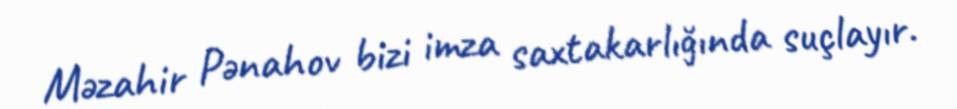
Məzahir Pənahov bizi imza saxtakarlığında suçlayır.